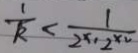
\frac { 1 } { k } < \frac { 1 } { 2 ^ { x 1 } 2 ^ { x 2 } }